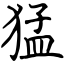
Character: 猛